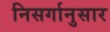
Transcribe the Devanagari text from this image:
निसर्गानुसार